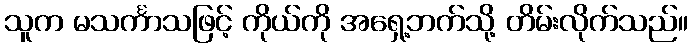
သူက မသင်္ကာသဖြင့် ကိုယ်ကို အရှေ့ဘက်သို့ တိမ်းလိုက်သည်။